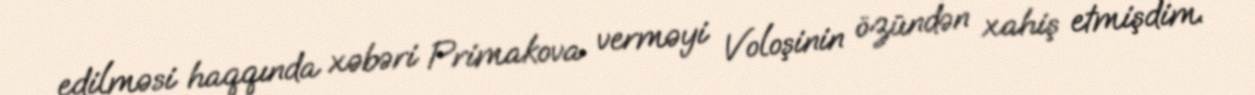
edilməsi haqqında xəbəri Primakova verməyi Voloşinin özündən xahiş etmişdim.